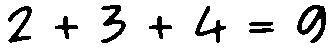
2 + 3 + 4 = 9